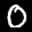
Label: 0